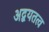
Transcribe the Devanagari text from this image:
अद्वयतत्व